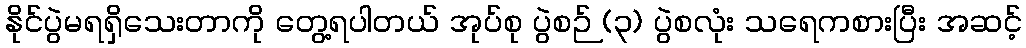
နိုင်ပွဲမရရှိသေးတာကို တွေ့ရပါတယ် အုပ်စု ပွဲစဉ် (၃) ပွဲစလုံး သရေကစားပြီး အဆင့်